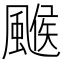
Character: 𩘋